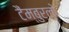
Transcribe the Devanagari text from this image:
टैंम्बुर्लो